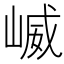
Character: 𫶆